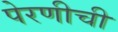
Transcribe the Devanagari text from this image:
पेरणीची